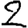
Digit: 2